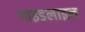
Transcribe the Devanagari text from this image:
गाइडलाइन